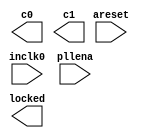
// megafunction wizard: %ALTPLL%VBB%
// GENERATION: STANDARD
// VERSION: WM1.0
// MODULE: altpll 

// ============================================================
// Megafunction Name(s):
// 			altpll
//
// Simulation Library Files(s):
// 			altera_mf
// ============================================================
// ************************************************************
// THIS IS A WIZARD-GENERATED FILE. DO NOT EDIT THIS FILE!
//
// 12.1 Build 243 01/31/2013 SP 1 SJ Web Edition
// ************************************************************

//Copyright (C) 1991-2012 Altera Corporation
//Your use of Altera Corporation's design tools, logic functions 
//and other software and tools, and its AMPP partner logic 
//functions, and any output files from any of the foregoing 
//(including device programming or simulation files), and any 
//associated documentation or information are expressly subject 
//to the terms and conditions of the Altera Program License 
//Subscription Agreement, Altera MegaCore Function License 
//Agreement, or other applicable license agreement, including, 
//without limitation, that your use is for the sole purpose of 
//programming logic devices manufactured by Altera and sold by 
//Altera or its authorized distributors.  Please refer to the 
//applicable agreement for further details.

module thepll (
	areset,
	inclk0,
	pllena,
	c0,
	c1,
	locked);

	input	  areset;
	input	  inclk0;
	input	  pllena;
	output	  c0;
	output	  c1;
	output	  locked;
`ifndef ALTERA_RESERVED_QIS
// synopsys translate_off
`endif
	tri0	  areset;
	tri1	  pllena;
`ifndef ALTERA_RESERVED_QIS
// synopsys translate_on
`endif

endmodule

// ============================================================
// CNX file retrieval info
// ============================================================
// Retrieval info: PRIVATE: ACTIVECLK_CHECK STRING "0"
// Retrieval info: PRIVATE: BANDWIDTH STRING "1.000"
// Retrieval info: PRIVATE: BANDWIDTH_FEATURE_ENABLED STRING "0"
// Retrieval info: PRIVATE: BANDWIDTH_FREQ_UNIT STRING "MHz"
// Retrieval info: PRIVATE: BANDWIDTH_PRESET STRING "Low"
// Retrieval info: PRIVATE: BANDWIDTH_USE_AUTO STRING "1"
// Retrieval info: PRIVATE: BANDWIDTH_USE_CUSTOM STRING "0"
// Retrieval info: PRIVATE: BANDWIDTH_USE_PRESET STRING "0"
// Retrieval info: PRIVATE: CLKBAD_SWITCHOVER_CHECK STRING "0"
// Retrieval info: PRIVATE: CLKLOSS_CHECK STRING "0"
// Retrieval info: PRIVATE: CLKSWITCH_CHECK STRING "1"
// Retrieval info: PRIVATE: CNX_NO_COMPENSATE_RADIO STRING "0"
// Retrieval info: PRIVATE: CREATE_CLKBAD_CHECK STRING "0"
// Retrieval info: PRIVATE: CREATE_INCLK1_CHECK STRING "0"
// Retrieval info: PRIVATE: CUR_DEDICATED_CLK STRING "c0"
// Retrieval info: PRIVATE: CUR_FBIN_CLK STRING "c0"
// Retrieval info: PRIVATE: DEVICE_SPEED_GRADE STRING "8"
// Retrieval info: PRIVATE: DIV_FACTOR0 NUMERIC "5"
// Retrieval info: PRIVATE: DIV_FACTOR1 NUMERIC "1"
// Retrieval info: PRIVATE: DUTY_CYCLE0 STRING "50.00000000"
// Retrieval info: PRIVATE: DUTY_CYCLE1 STRING "50.00000000"
// Retrieval info: PRIVATE: EFF_OUTPUT_FREQ_VALUE0 STRING "10.000000"
// Retrieval info: PRIVATE: EFF_OUTPUT_FREQ_VALUE1 STRING "100.000000"
// Retrieval info: PRIVATE: EXPLICIT_SWITCHOVER_COUNTER STRING "0"
// Retrieval info: PRIVATE: EXT_FEEDBACK_RADIO STRING "0"
// Retrieval info: PRIVATE: GLOCKED_COUNTER_EDIT_CHANGED STRING "1"
// Retrieval info: PRIVATE: GLOCKED_FEATURE_ENABLED STRING "1"
// Retrieval info: PRIVATE: GLOCKED_MODE_CHECK STRING "0"
// Retrieval info: PRIVATE: GLOCK_COUNTER_EDIT NUMERIC "1048575"
// Retrieval info: PRIVATE: HAS_MANUAL_SWITCHOVER STRING "1"
// Retrieval info: PRIVATE: INCLK0_FREQ_EDIT STRING "50.000"
// Retrieval info: PRIVATE: INCLK0_FREQ_UNIT_COMBO STRING "MHz"
// Retrieval info: PRIVATE: INCLK1_FREQ_EDIT STRING "100.000"
// Retrieval info: PRIVATE: INCLK1_FREQ_EDIT_CHANGED STRING "1"
// Retrieval info: PRIVATE: INCLK1_FREQ_UNIT_CHANGED STRING "1"
// Retrieval info: PRIVATE: INCLK1_FREQ_UNIT_COMBO STRING "MHz"
// Retrieval info: PRIVATE: INTENDED_DEVICE_FAMILY STRING "Cyclone II"
// Retrieval info: PRIVATE: INT_FEEDBACK__MODE_RADIO STRING "1"
// Retrieval info: PRIVATE: LOCKED_OUTPUT_CHECK STRING "1"
// Retrieval info: PRIVATE: LONG_SCAN_RADIO STRING "1"
// Retrieval info: PRIVATE: LVDS_MODE_DATA_RATE STRING "Not Available"
// Retrieval info: PRIVATE: LVDS_MODE_DATA_RATE_DIRTY NUMERIC "0"
// Retrieval info: PRIVATE: LVDS_PHASE_SHIFT_UNIT0 STRING "deg"
// Retrieval info: PRIVATE: LVDS_PHASE_SHIFT_UNIT1 STRING "ps"
// Retrieval info: PRIVATE: MIG_DEVICE_SPEED_GRADE STRING "Any"
// Retrieval info: PRIVATE: MIRROR_CLK0 STRING "0"
// Retrieval info: PRIVATE: MIRROR_CLK1 STRING "0"
// Retrieval info: PRIVATE: MULT_FACTOR0 NUMERIC "1"
// Retrieval info: PRIVATE: MULT_FACTOR1 NUMERIC "2"
// Retrieval info: PRIVATE: NORMAL_MODE_RADIO STRING "1"
// Retrieval info: PRIVATE: OUTPUT_FREQ0 STRING "100.00000000"
// Retrieval info: PRIVATE: OUTPUT_FREQ1 STRING "100.00000000"
// Retrieval info: PRIVATE: OUTPUT_FREQ_MODE0 STRING "0"
// Retrieval info: PRIVATE: OUTPUT_FREQ_MODE1 STRING "0"
// Retrieval info: PRIVATE: OUTPUT_FREQ_UNIT0 STRING "MHz"
// Retrieval info: PRIVATE: OUTPUT_FREQ_UNIT1 STRING "MHz"
// Retrieval info: PRIVATE: PHASE_RECONFIG_FEATURE_ENABLED STRING "0"
// Retrieval info: PRIVATE: PHASE_RECONFIG_INPUTS_CHECK STRING "0"
// Retrieval info: PRIVATE: PHASE_SHIFT0 STRING "0.00000000"
// Retrieval info: PRIVATE: PHASE_SHIFT1 STRING "0.00000000"
// Retrieval info: PRIVATE: PHASE_SHIFT_STEP_ENABLED_CHECK STRING "0"
// Retrieval info: PRIVATE: PHASE_SHIFT_UNIT0 STRING "deg"
// Retrieval info: PRIVATE: PHASE_SHIFT_UNIT1 STRING "ps"
// Retrieval info: PRIVATE: PLL_ADVANCED_PARAM_CHECK STRING "0"
// Retrieval info: PRIVATE: PLL_ARESET_CHECK STRING "1"
// Retrieval info: PRIVATE: PLL_AUTOPLL_CHECK NUMERIC "1"
// Retrieval info: PRIVATE: PLL_ENA_CHECK STRING "1"
// Retrieval info: PRIVATE: PLL_ENHPLL_CHECK NUMERIC "0"
// Retrieval info: PRIVATE: PLL_FASTPLL_CHECK NUMERIC "0"
// Retrieval info: PRIVATE: PLL_FBMIMIC_CHECK STRING "0"
// Retrieval info: PRIVATE: PLL_LVDS_PLL_CHECK NUMERIC "0"
// Retrieval info: PRIVATE: PLL_PFDENA_CHECK STRING "0"
// Retrieval info: PRIVATE: PLL_TARGET_HARCOPY_CHECK NUMERIC "0"
// Retrieval info: PRIVATE: PRIMARY_CLK_COMBO STRING "inclk0"
// Retrieval info: PRIVATE: RECONFIG_FILE STRING "thepll.mif"
// Retrieval info: PRIVATE: SACN_INPUTS_CHECK STRING "0"
// Retrieval info: PRIVATE: SCAN_FEATURE_ENABLED STRING "0"
// Retrieval info: PRIVATE: SELF_RESET_LOCK_LOSS STRING "0"
// Retrieval info: PRIVATE: SHORT_SCAN_RADIO STRING "0"
// Retrieval info: PRIVATE: SPREAD_FEATURE_ENABLED STRING "0"
// Retrieval info: PRIVATE: SPREAD_FREQ STRING "50.000"
// Retrieval info: PRIVATE: SPREAD_FREQ_UNIT STRING "KHz"
// Retrieval info: PRIVATE: SPREAD_PERCENT STRING "0.500"
// Retrieval info: PRIVATE: SPREAD_USE STRING "0"
// Retrieval info: PRIVATE: SRC_SYNCH_COMP_RADIO STRING "0"
// Retrieval info: PRIVATE: STICKY_CLK0 STRING "1"
// Retrieval info: PRIVATE: STICKY_CLK1 STRING "1"
// Retrieval info: PRIVATE: SWITCHOVER_COUNT_EDIT NUMERIC "1"
// Retrieval info: PRIVATE: SWITCHOVER_FEATURE_ENABLED STRING "1"
// Retrieval info: PRIVATE: SYNTH_WRAPPER_GEN_POSTFIX STRING "0"
// Retrieval info: PRIVATE: USE_CLK0 STRING "1"
// Retrieval info: PRIVATE: USE_CLK1 STRING "1"
// Retrieval info: PRIVATE: USE_CLKENA0 STRING "0"
// Retrieval info: PRIVATE: USE_CLKENA1 STRING "0"
// Retrieval info: PRIVATE: USE_MIL_SPEED_GRADE NUMERIC "0"
// Retrieval info: PRIVATE: ZERO_DELAY_RADIO STRING "0"
// Retrieval info: LIBRARY: altera_mf altera_mf.altera_mf_components.all
// Retrieval info: CONSTANT: CLK0_DIVIDE_BY NUMERIC "5"
// Retrieval info: CONSTANT: CLK0_DUTY_CYCLE NUMERIC "50"
// Retrieval info: CONSTANT: CLK0_MULTIPLY_BY NUMERIC "1"
// Retrieval info: CONSTANT: CLK0_PHASE_SHIFT STRING "0"
// Retrieval info: CONSTANT: CLK1_DIVIDE_BY NUMERIC "1"
// Retrieval info: CONSTANT: CLK1_DUTY_CYCLE NUMERIC "50"
// Retrieval info: CONSTANT: CLK1_MULTIPLY_BY NUMERIC "2"
// Retrieval info: CONSTANT: CLK1_PHASE_SHIFT STRING "0"
// Retrieval info: CONSTANT: COMPENSATE_CLOCK STRING "CLK0"
// Retrieval info: CONSTANT: GATE_LOCK_SIGNAL STRING "NO"
// Retrieval info: CONSTANT: INCLK0_INPUT_FREQUENCY NUMERIC "20000"
// Retrieval info: CONSTANT: INTENDED_DEVICE_FAMILY STRING "Cyclone II"
// Retrieval info: CONSTANT: INVALID_LOCK_MULTIPLIER NUMERIC "5"
// Retrieval info: CONSTANT: LPM_TYPE STRING "altpll"
// Retrieval info: CONSTANT: OPERATION_MODE STRING "NORMAL"
// Retrieval info: CONSTANT: PORT_ACTIVECLOCK STRING "PORT_UNUSED"
// Retrieval info: CONSTANT: PORT_ARESET STRING "PORT_USED"
// Retrieval info: CONSTANT: PORT_CLKBAD0 STRING "PORT_UNUSED"
// Retrieval info: CONSTANT: PORT_CLKBAD1 STRING "PORT_UNUSED"
// Retrieval info: CONSTANT: PORT_CLKLOSS STRING "PORT_UNUSED"
// Retrieval info: CONSTANT: PORT_CLKSWITCH STRING "PORT_UNUSED"
// Retrieval info: CONSTANT: PORT_CONFIGUPDATE STRING "PORT_UNUSED"
// Retrieval info: CONSTANT: PORT_FBIN STRING "PORT_UNUSED"
// Retrieval info: CONSTANT: PORT_INCLK0 STRING "PORT_USED"
// Retrieval info: CONSTANT: PORT_INCLK1 STRING "PORT_UNUSED"
// Retrieval info: CONSTANT: PORT_LOCKED STRING "PORT_USED"
// Retrieval info: CONSTANT: PORT_PFDENA STRING "PORT_UNUSED"
// Retrieval info: CONSTANT: PORT_PHASECOUNTERSELECT STRING "PORT_UNUSED"
// Retrieval info: CONSTANT: PORT_PHASEDONE STRING "PORT_UNUSED"
// Retrieval info: CONSTANT: PORT_PHASESTEP STRING "PORT_UNUSED"
// Retrieval info: CONSTANT: PORT_PHASEUPDOWN STRING "PORT_UNUSED"
// Retrieval info: CONSTANT: PORT_PLLENA STRING "PORT_USED"
// Retrieval info: CONSTANT: PORT_SCANACLR STRING "PORT_UNUSED"
// Retrieval info: CONSTANT: PORT_SCANCLK STRING "PORT_UNUSED"
// Retrieval info: CONSTANT: PORT_SCANCLKENA STRING "PORT_UNUSED"
// Retrieval info: CONSTANT: PORT_SCANDATA STRING "PORT_UNUSED"
// Retrieval info: CONSTANT: PORT_SCANDATAOUT STRING "PORT_UNUSED"
// Retrieval info: CONSTANT: PORT_SCANDONE STRING "PORT_UNUSED"
// Retrieval info: CONSTANT: PORT_SCANREAD STRING "PORT_UNUSED"
// Retrieval info: CONSTANT: PORT_SCANWRITE STRING "PORT_UNUSED"
// Retrieval info: CONSTANT: PORT_clk0 STRING "PORT_USED"
// Retrieval info: CONSTANT: PORT_clk1 STRING "PORT_USED"
// Retrieval info: CONSTANT: PORT_clk2 STRING "PORT_UNUSED"
// Retrieval info: CONSTANT: PORT_clk3 STRING "PORT_UNUSED"
// Retrieval info: CONSTANT: PORT_clk4 STRING "PORT_UNUSED"
// Retrieval info: CONSTANT: PORT_clk5 STRING "PORT_UNUSED"
// Retrieval info: CONSTANT: PORT_clkena0 STRING "PORT_UNUSED"
// Retrieval info: CONSTANT: PORT_clkena1 STRING "PORT_UNUSED"
// Retrieval info: CONSTANT: PORT_clkena2 STRING "PORT_UNUSED"
// Retrieval info: CONSTANT: PORT_clkena3 STRING "PORT_UNUSED"
// Retrieval info: CONSTANT: PORT_clkena4 STRING "PORT_UNUSED"
// Retrieval info: CONSTANT: PORT_clkena5 STRING "PORT_UNUSED"
// Retrieval info: CONSTANT: PORT_extclk0 STRING "PORT_UNUSED"
// Retrieval info: CONSTANT: PORT_extclk1 STRING "PORT_UNUSED"
// Retrieval info: CONSTANT: PORT_extclk2 STRING "PORT_UNUSED"
// Retrieval info: CONSTANT: PORT_extclk3 STRING "PORT_UNUSED"
// Retrieval info: CONSTANT: VALID_LOCK_MULTIPLIER NUMERIC "1"
// Retrieval info: USED_PORT: @clk 0 0 6 0 OUTPUT_CLK_EXT VCC "@clk[5..0]"
// Retrieval info: USED_PORT: @extclk 0 0 4 0 OUTPUT_CLK_EXT VCC "@extclk[3..0]"
// Retrieval info: USED_PORT: areset 0 0 0 0 INPUT GND "areset"
// Retrieval info: USED_PORT: c0 0 0 0 0 OUTPUT_CLK_EXT VCC "c0"
// Retrieval info: USED_PORT: c1 0 0 0 0 OUTPUT_CLK_EXT VCC "c1"
// Retrieval info: USED_PORT: inclk0 0 0 0 0 INPUT_CLK_EXT GND "inclk0"
// Retrieval info: USED_PORT: locked 0 0 0 0 OUTPUT GND "locked"
// Retrieval info: USED_PORT: pllena 0 0 0 0 INPUT VCC "pllena"
// Retrieval info: CONNECT: @areset 0 0 0 0 areset 0 0 0 0
// Retrieval info: CONNECT: @inclk 0 0 1 1 GND 0 0 0 0
// Retrieval info: CONNECT: @inclk 0 0 1 0 inclk0 0 0 0 0
// Retrieval info: CONNECT: @pllena 0 0 0 0 pllena 0 0 0 0
// Retrieval info: CONNECT: c0 0 0 0 0 @clk 0 0 1 0
// Retrieval info: CONNECT: c1 0 0 0 0 @clk 0 0 1 1
// Retrieval info: CONNECT: locked 0 0 0 0 @locked 0 0 0 0
// Retrieval info: GEN_FILE: TYPE_NORMAL thepll.v TRUE
// Retrieval info: GEN_FILE: TYPE_NORMAL thepll.ppf TRUE
// Retrieval info: GEN_FILE: TYPE_NORMAL thepll.inc FALSE
// Retrieval info: GEN_FILE: TYPE_NORMAL thepll.cmp FALSE
// Retrieval info: GEN_FILE: TYPE_NORMAL thepll.bsf FALSE
// Retrieval info: GEN_FILE: TYPE_NORMAL thepll_inst.v FALSE
// Retrieval info: GEN_FILE: TYPE_NORMAL thepll_bb.v TRUE
// Retrieval info: LIB_FILE: altera_mf
// Retrieval info: CBX_MODULE_PREFIX: ON